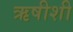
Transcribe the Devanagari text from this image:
ऋषीशी